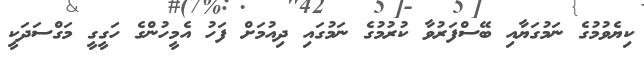
ކިޔެވުމުގެ ނަމުގަޔާއި ބޭސްފަރުވާ ކުރުމުގެ ނަމުގައި ދިއުމަށް ފަހު އެމީހުންގެ ހަގީގީ މަގްސަދަކީ